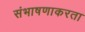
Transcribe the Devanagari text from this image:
संभाषणाकरता